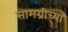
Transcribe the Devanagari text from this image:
सामग्रीच्या